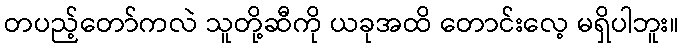
တပည့်တော်ကလဲ သူတို့ဆီကို ယခုအထိ တောင်းလေ့ မရှိပါဘူး။